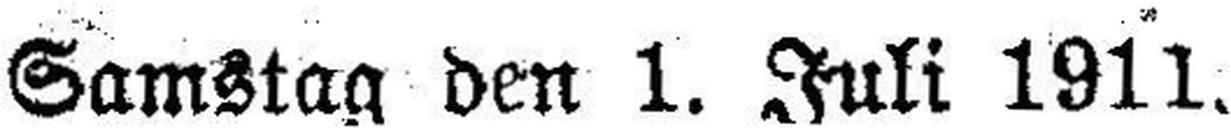
Samstag den 1. Juli 1911.